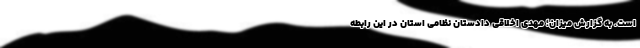
است. به گزارش میزان؛ مهدی اخلاقی دادستان نظامی استان در این رابطه